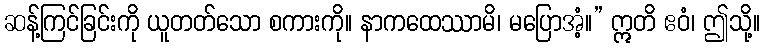
ဆန့်ကြင်ခြင်းကို ယူတတ်သော စကားကို။ နာကထေဿာမိ၊ မပြောအံ့။” ဣတိ ဧဝံ၊ ဤသို့။